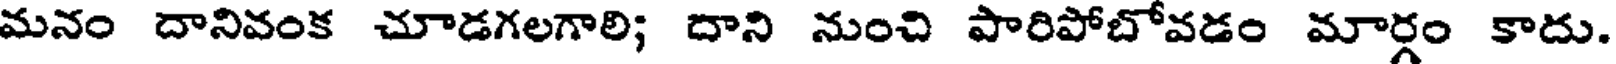
మనం దానివంక చూడగలగాలి; దాని నుంచి పారిపోబోవడం మార్గం కాదు.